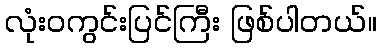
လုံးဝကွင်းပြင်ကြီး ဖြစ်ပါတယ်။